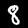
Digit: 8